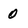
Character: 0